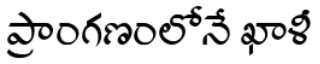
ప్రాంగణంలోనే ఖాళీ